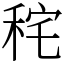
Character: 秺